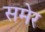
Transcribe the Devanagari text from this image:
समेर